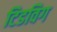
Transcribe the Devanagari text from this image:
टिडविग